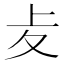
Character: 𠧔